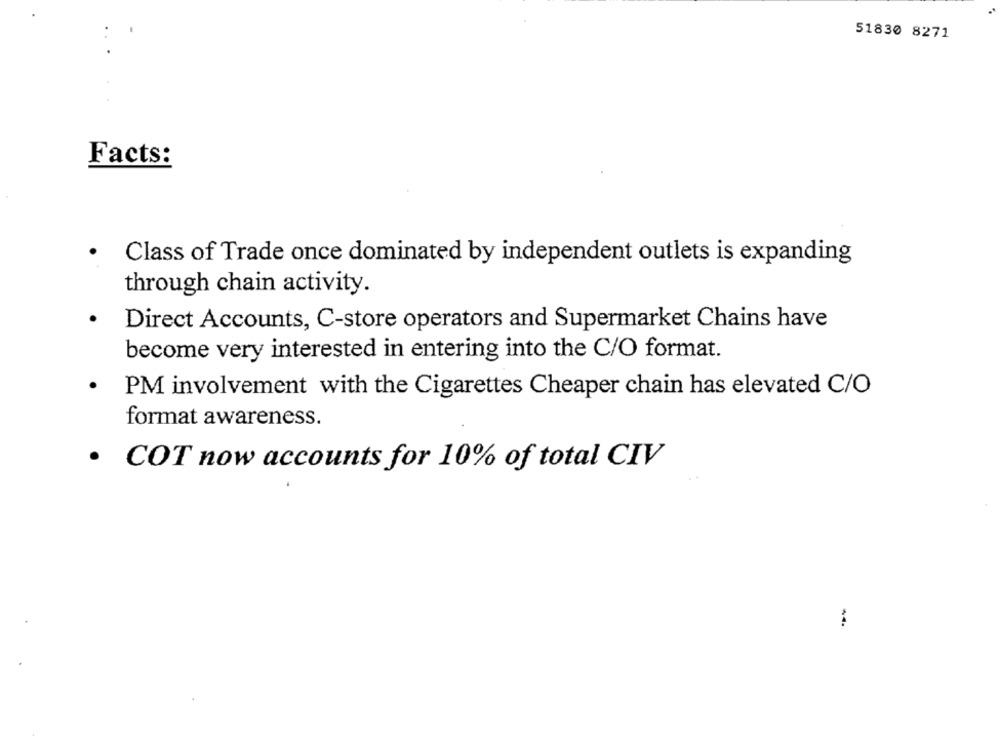
51830 8271
Facts:
· Class of Trade once dominated by independent outlets is expanding
through chain activity.
· Direct Accounts, C-store operators and Supermarket Chains have
become very interested in entering into the C/O format.
.
PM involvement with the Cigarettes Cheaper chain has elevated C/O
format awareness.
· COT now accounts for 10% of total CIV